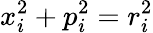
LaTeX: x_{i}^{2}+p_{i}^{2}=r_{i}^{2}